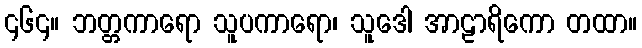
၄၆၄။ ဘတ္တကာရော သူပကာရော၊ သူဒေါ အာဠာရိကော တထာ။